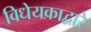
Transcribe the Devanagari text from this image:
विधेयकाद्वारे